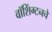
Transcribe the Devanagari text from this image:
वॉशिंग्टनचे